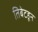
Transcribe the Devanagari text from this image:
तिबेटहून